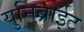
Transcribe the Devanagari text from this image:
युनिब्राईट